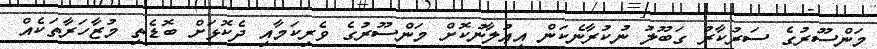
މަންސޫރުގެ ސަރުކާރު ގަބޫލު ނުކުރާނެކަން އިޢުލާނުކޮށް މަންސޫރުގެ ވެރިކަމާއި ދެކޮޅަށް ބޮޑެތި މުޒާހަރާތަކެއް